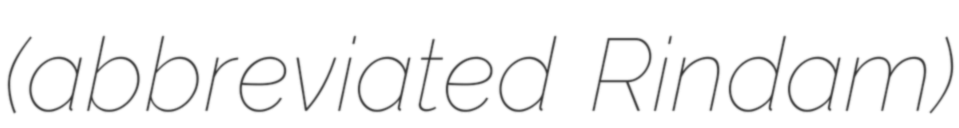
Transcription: (abbreviated Rindam)